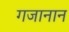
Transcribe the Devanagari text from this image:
गजानान